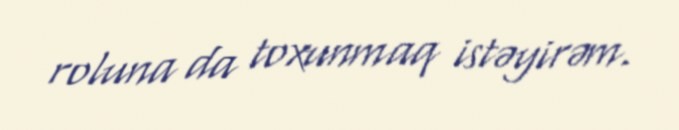
roluna da toxunmaq istəyirəm.